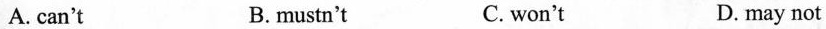
A. can't B.mustn't C. won't D. may not